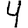
Digit: 4